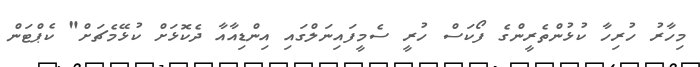
މިހާރު ހުރިހާ ކުޅުންތެރީންގެ ފޯކަސް ހުރީ ސެމީފައިނަލްގައި އިންޑިއާއާ ދެކޮޅަށް ކުޅޭމެޗަށް" ކެޕްޓަން